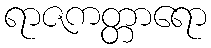
ရာဇကတ္တာရော